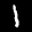
Label: 1